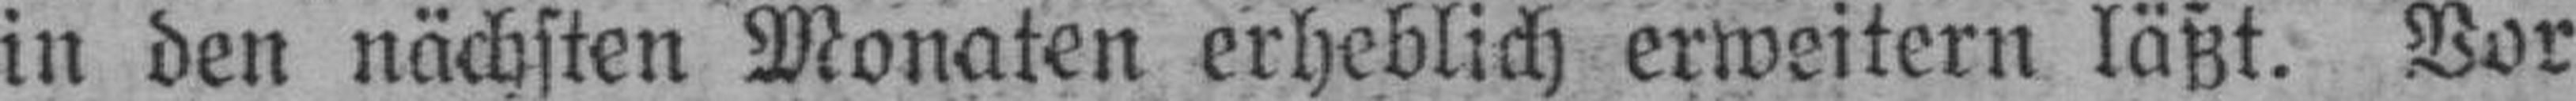
in den nächsten Monaten erheblich erweitern läßt. Vor